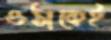
ওঠাকেই